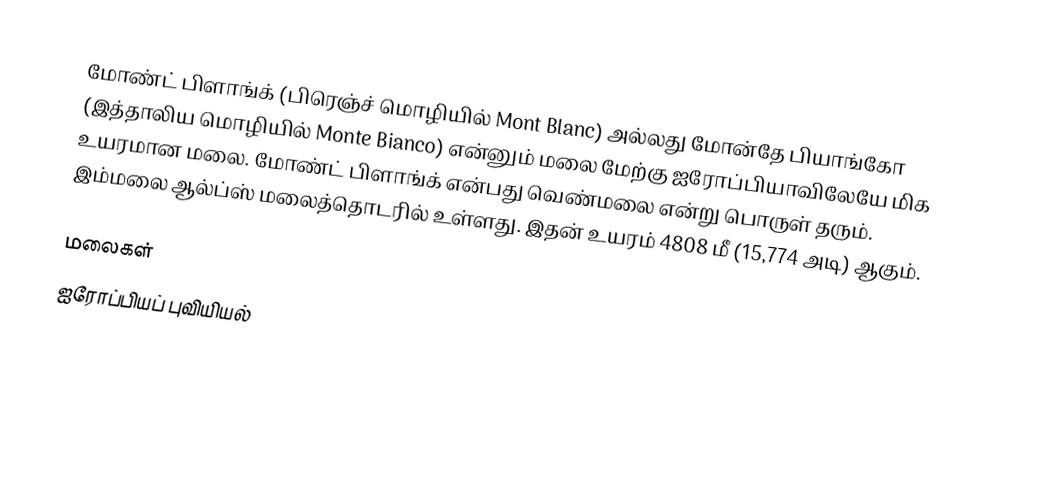
மோண்ட் பிளாங்க் (பிரெஞ்ச் மொழியில் Mont Blanc) அல்லது மோன்தே பியாங்கோ (இத்தாலிய மொழியில் Monte Bianco) என்னும் மலை மேற்கு ஐரோப்பியாவிலேயே மிக உயரமான மலை. மோண்ட் பிளாங்க் என்பது வெண்மலை என்று பொருள் தரும். இம்மலை ஆல்ப்ஸ் மலைத்தொடரில் உள்ளது. இதன் உயரம் 4808 மீ (15,774 அடி) ஆகும்.

மலைகள்
ஐரோப்பியப் புவியியல்